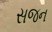
સજન